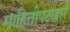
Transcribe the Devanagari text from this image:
माहितीपटाद्वारे